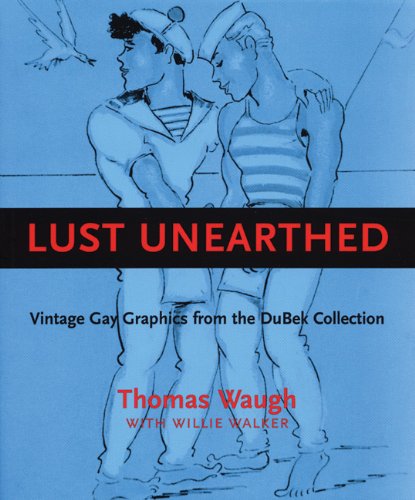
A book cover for Lust Unearthed: Vintage Gay Graphics From the DuBek Collection; Thomas Waugh; Gay & Lesbian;